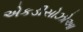
એકડીસોઝોઆ